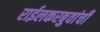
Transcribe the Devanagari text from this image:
राईलकरबुवांची